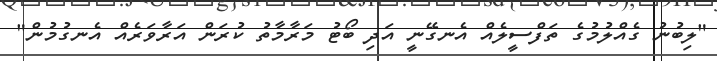
"ލިބުނު ގެއްލުމުގެ ތަފްސީލެއް އެނގޭނީ އަދި ބޯޓު މަރާމާތު ކުރަން އަރާވަރެއް އެނގުމުން"